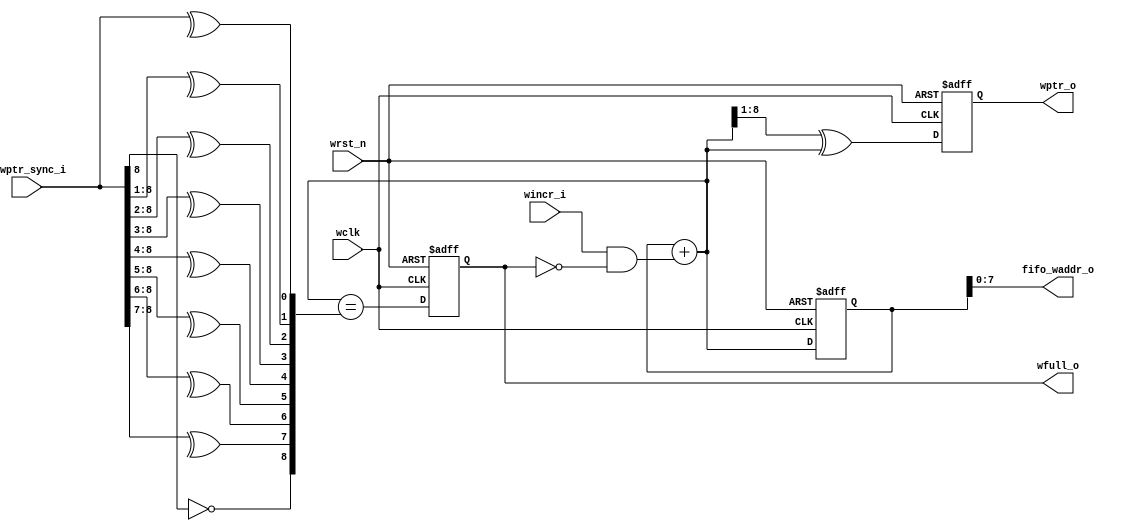

module wptr_ctrl #(parameter ADDR_LEN  = 8)
    (
    input                        wclk, wrst_n, wincr_i,
    input      [ADDR_LEN   : 0]  r2wptr_sync_i,

    output     [ADDR_LEN-1 : 0]  fifo_waddr_o,
    output reg [ADDR_LEN   : 0]  wptr_o,
    output reg                   wfull_o);

    // Internal signals
    reg  [ADDR_LEN  : 0]    fifo_waddr;
    wire [ADDR_LEN : 0]     fifo_waddr_cnt, wptr_gray_next, r2wptr_bin;
    wire                    wfull;

    /***************************************************
    ********* fifo_waddr_o: Counter to inc the fifo memory address
    ****************************************************/

    always @(posedge wclk or negedge wrst_n) begin
        if(~wrst_n) fifo_waddr <= 0;
        else fifo_waddr <= fifo_waddr_cnt;
    end

    assign fifo_waddr_cnt = fifo_waddr + (wincr_i & !wfull_o);

    assign fifo_waddr_o = fifo_waddr[ADDR_LEN-1:0] ;

    /***********************************************
    ********* wptr_o: Grayscale encoded write pointer
    ************************************************/

    always @(posedge wclk or negedge wrst_n) begin
        if(!wrst_n)  wptr_o <= 0;
        else wptr_o <= wptr_gray_next;
    end

    assign wptr_gray_next = (fifo_waddr_cnt>>1) ^ fifo_waddr_cnt;

    /***********************************************
    ********* wfull_o: fifo full logic
    ************************************************/

    always @(posedge wclk or negedge wrst_n) begin
        if(!wrst_n) wfull_o <= 0;
        else wfull_o <= wfull;
    end

    // gray scale to binary decoder
    genvar i;
    generate
        for (i=0; i<=ADDR_LEN; i=i+1) begin
            assign r2wptr_bin[i] = ^ r2wptr_sync_i[ADDR_LEN : i];
        end
    endgenerate

    assign wfull = (fifo_waddr_cnt == {!r2wptr_bin[ADDR_LEN],r2wptr_bin[ADDR_LEN-1:0]});
    /* wfull asserted by comparing next gray scale write pointer and synchronized read pointer in write domain, using the following three conditions:
        1. The wptr and the synchronized rptr MSB's are not equal (because the wptr must have wrapped
        one more time than the rptr).
        2. The wptr and the synchronized rptr 2nd MSB's are not equal (because an inverted 2 nd MSB from 
        one pointer must be tested against the un-inverted 2 nd MSB from the other pointer, which is required if the
        MSB's are also inverses of each other.
        3. All other wptr and synchronized rptr bits must be equal.
        
        Reference: https://www.verilogpro.com/asynchronous-fifo-design/
    */
    //assign wfull = (wptr_gray_next == {!r2wptr_sync_i[ADDR_LEN:ADDR_LEN-1],r2wptr_sync_i[ADDR_LEN-2:0]});
    

endmodule